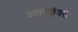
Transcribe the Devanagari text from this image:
श्यामकुंवरी